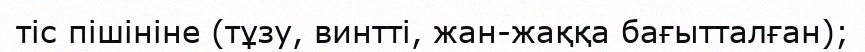
тіс пішініне (тұзу, винтті, жан-жаққа бағытталған);